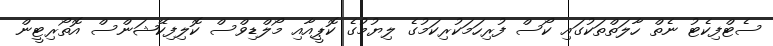
ސެޓްފިކެޓު ނެތް ހާލަތްތަކުގައި ކޯސް ފުރިހަމަކުރިކަމުގެ ލިޔުމުގެ ކޮޕީއާއި މޯލްޑިވްސް ކޮލިފިކޭޝަންސް އޮތޯރިޓީން